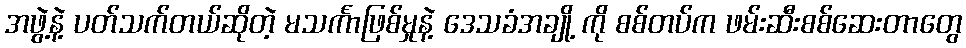
အဖွဲ့နဲ့ ပတ်သက်တယ်ဆိုတဲ့ မသင်္ကာဖြစ်မှုနဲ့ ဒေသခံအချို့ ကို စစ်တပ်က ဖမ်းဆီးစစ်ဆေးတာတွေ